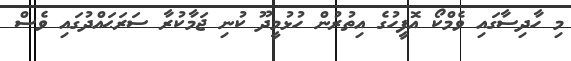
މި ހާދިސާގައި ވެމްކޯ އޮފީހުގެ އިތުރުން ހުޅުމީދޫ ކުނި ޖަމާކުރާ ސަރަޙައްދުގައި ވެސް